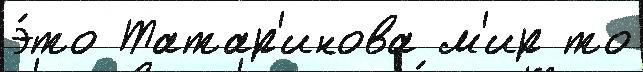
э́то Татар'инова м'ир то